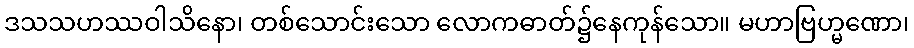
ဒသသဟဿဝါသိနော၊ တစ်သောင်းသော လောကဓာတ်၌နေကုန်သော။ မဟာဗြဟ္မဏော၊